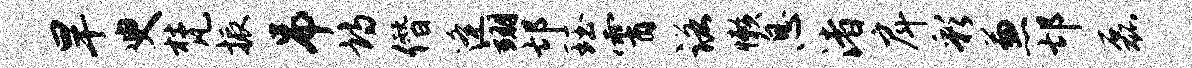
旱臾梵振吊诗僭逄翊邙珏霄诺懒息渚戽彩兼邙磊